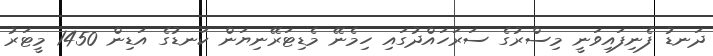
ދަނޑު ފެނިފައިވަނީ މިސްރުގެ ސަރަހައްދުގައި ހިމެނޭ މެޑިޓަރޭނިޔަން ކަނޑުގެ އަޑިން 1450 މީޓަރު